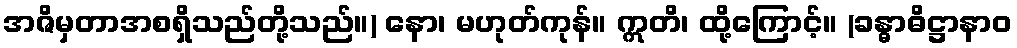
အဇိမှတာအစရှိသည်တို့သည်။) နော၊ မဟုတ်ကုန်။ ဣတိ၊ ထို့ကြောင့်။ (ခန္ဓာဓိဋ္ဌာနာဝ